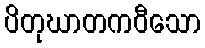
ပိတုဃာတကဝီသော